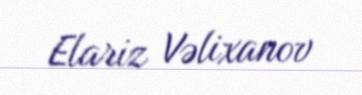
Elariz Vəlixanov